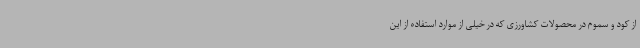
از کود و سموم در محصولات کشاورزی که در خیلی از موارد استفاده از این